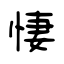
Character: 悽